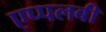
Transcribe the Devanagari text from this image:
एप्पलबी